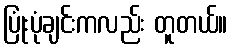
ပြုံးပုံချင်းကလည်း တူတယ်။